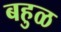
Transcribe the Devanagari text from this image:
बहुळ